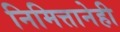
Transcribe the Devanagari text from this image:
निमित्तानेही